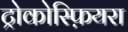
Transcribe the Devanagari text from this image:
ट्रोकोस्फ़ियरा